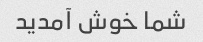
شما خوش آمدید